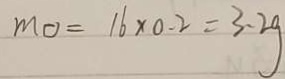
m _ { o } = 1 6 \times 0 . 2 = 3 . 2 g